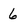
Character: 6